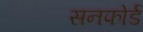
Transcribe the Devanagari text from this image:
सनफोर्ड